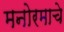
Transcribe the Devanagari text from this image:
मनोरमाचे